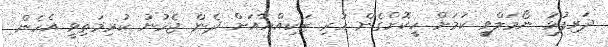
ދަރިފުޅު ނޯމަލްވީ ކަމަށް ހީކޮށްގެން ހުރި ޒަކިއްޔާއަށް ދެން ޖެހުނު ކުރިމަތިވީ އެހެން